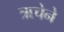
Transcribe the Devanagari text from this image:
ऋचेने